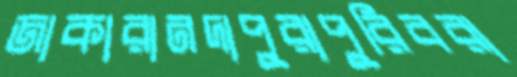
জাকারানদাপুরাপুরিবরা